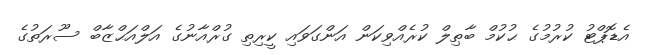
އެޑޮޕްޓު ކުރުމުގެ ޙުކުމް ބާޠިލް ކުރެއްވިކަން އަންގަވައި ކީރިތި ގުރްއާނުގެ އަލްއަޙްޒާބް ސޫރަތުގެ